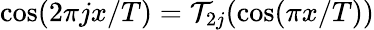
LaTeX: \cos(2\pi jx/T)={\cal T}_{2j}(\cos(\pi x/T))